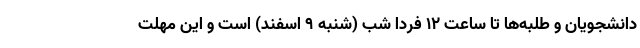
دانشجویان و طلبه‌ها تا ساعت ۱۲ فردا شب (شنبه ۹ اسفند) است و این مهلت